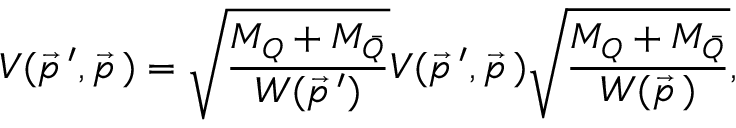
V ( \vec { p } \, ^ { \prime } , \vec { p } \, ) = \sqrt { \frac { M _ { Q } + M _ { \bar { Q } } } { W ( \vec { p } \, ^ { \prime } ) } } { \cal V } ( \vec { p } \, ^ { \prime } , \vec { p } \, ) \sqrt { \frac { M _ { Q } + M _ { \bar { Q } } } { W ( \vec { p } \, ) } } ,